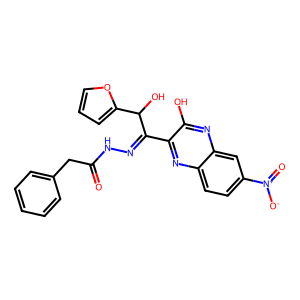
SMILES: O=C(Cc1ccccc1)NN=C(c1nc2ccc([N+](=O)[O-])cc2nc1O)C(O)c1ccco1
Inhibits HIV replication: No